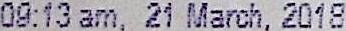
09:13 AM, 21 MARCH, 2018